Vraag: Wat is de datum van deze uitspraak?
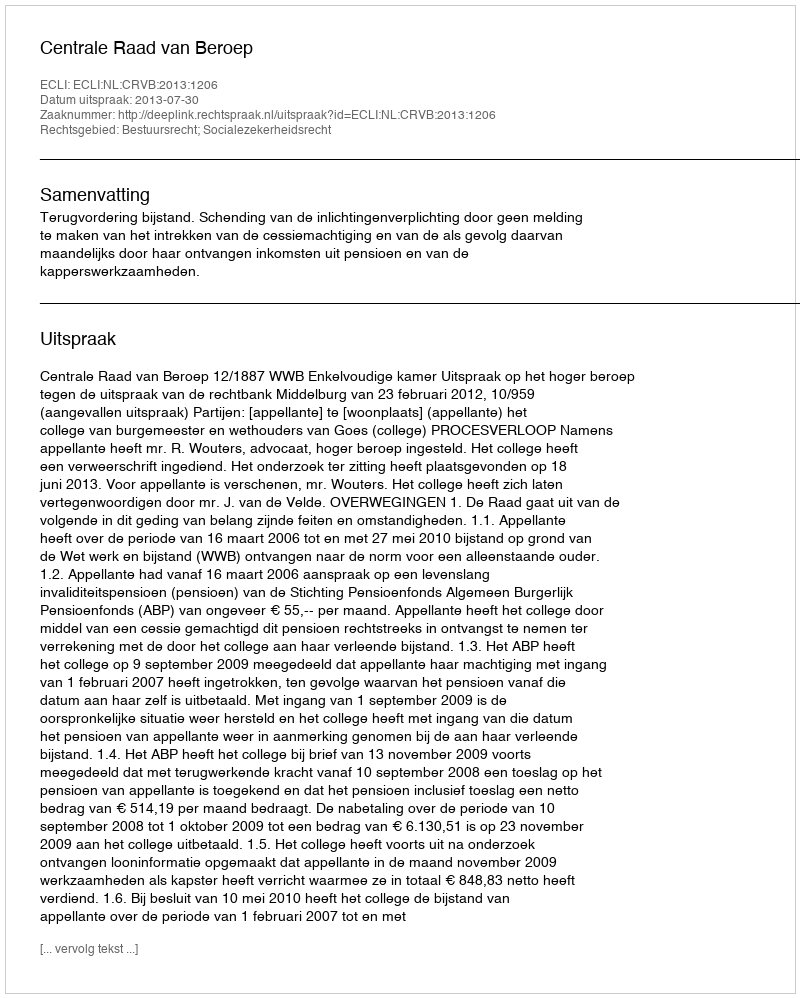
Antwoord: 2013-07-30